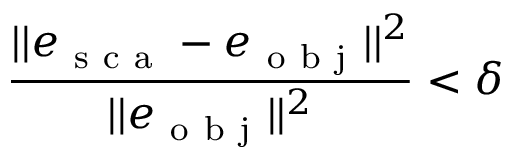
\frac { | | e _ { \mathrm { ~ s ~ c ~ a ~ } } - e _ { \mathrm { ~ o ~ b ~ j ~ } } | | ^ { 2 } } { | | e _ { \mathrm { ~ o ~ b ~ j ~ } } | | ^ { 2 } } < \delta